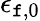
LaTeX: \epsilon_{\mathtt{f},0}